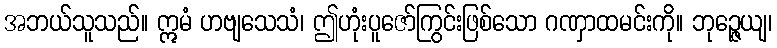
အဘယ်သူသည်။ ဣမံ ဟဗျသေသံ၊ ဤဟုံးပူဇော်ကြွင်းဖြစ်သော ဂဏှာထမင်းကို။ ဘုဉ္ဇေယျ၊